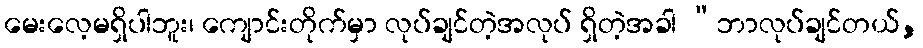
မေးလေ့မရှိပါဘူး၊ ကျောင်းတိုက်မှာ လုပ်ချင်တဲ့အလုပ် ရှိတဲ့အခါ “ဘာလုပ်ချင်တယ်,